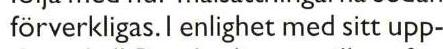
förverkligas.I enlighet med sitt upp-